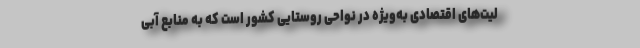
لیت‌های اقتصادی به‌ویژه در نواحی روستایی کشور است که به منابع آبی